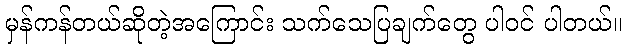
မှန်ကန်တယ်ဆိုတဲ့အကြောင်း သက်သေပြချက်တွေ ပါဝင် ပါတယ်။